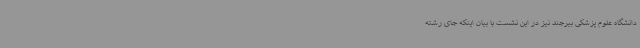
دانشگاه علوم پزشکی بیرجند نیز در این نشست با بیان اینکه جای رشته